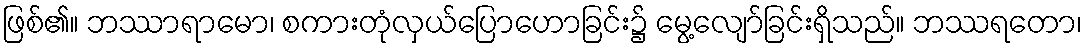
ဖြစ်၏။ ဘဿာရာမော၊ စကားတုံလှယ်ပြောဟောခြင်း၌ မွေ့လျော်ခြင်းရှိသည်။ ဘဿရတော၊